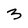
Character: 3